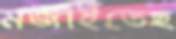
মজাইতেছ